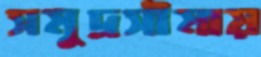
সমুদ্রসীমায়